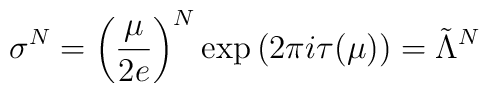
\sigma^{N}=\left(\frac{\mu}{2e}\right)^{N}\exp\left(2\pi i \tau(\mu)\right)=\tilde{\Lambda}^{N}